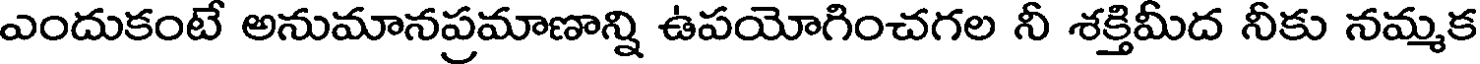
ఎందుకంటే అనుమానప్రమాణాన్ని ఉపయోగించగల నీ శక్తిమీద నీకు నమ్మక